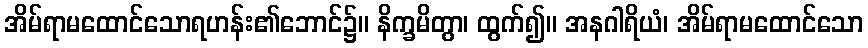
အိမ်ရာမထောင်သောရဟန်း၏ဘောင်၌။ နိက္ခမိတွာ၊ ထွက်၍။ အနဂါရိယံ၊ အိမ်ရာမထောင်သော